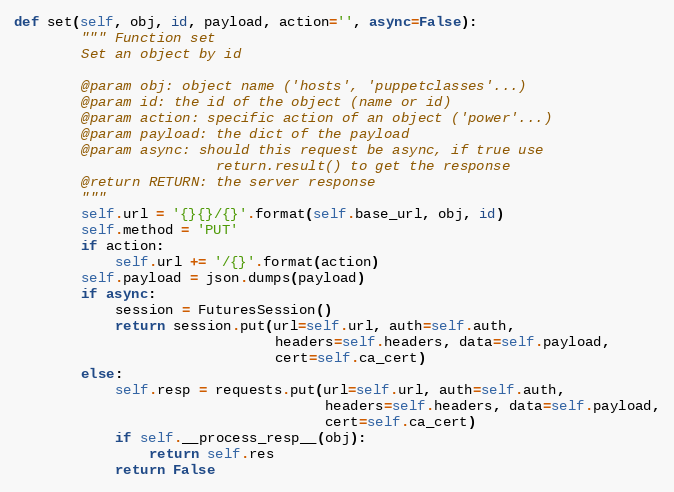
Language: Python
def set(self, obj, id, payload, action='', async=False):
        """ Function set
        Set an object by id

        @param obj: object name ('hosts', 'puppetclasses'...)
        @param id: the id of the object (name or id)
        @param action: specific action of an object ('power'...)
        @param payload: the dict of the payload
        @param async: should this request be async, if true use
                        return.result() to get the response
        @return RETURN: the server response
        """
        self.url = '{}{}/{}'.format(self.base_url, obj, id)
        self.method = 'PUT'
        if action:
            self.url += '/{}'.format(action)
        self.payload = json.dumps(payload)
        if async:
            session = FuturesSession()
            return session.put(url=self.url, auth=self.auth,
                               headers=self.headers, data=self.payload,
                               cert=self.ca_cert)
        else:
            self.resp = requests.put(url=self.url, auth=self.auth,
                                     headers=self.headers, data=self.payload,
                                     cert=self.ca_cert)
            if self.__process_resp__(obj):
                return self.res
            return False